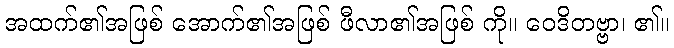
အထက်၏အဖြစ် အောက်၏အဖြစ် ဖီလာ၏အဖြစ် ကို။ ဝေဒိတဗ္ဗာ၊ ၏။